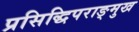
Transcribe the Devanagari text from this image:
प्रसिद्धिपराङ्मुख